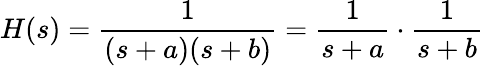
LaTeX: H(s)={\frac{1}{(s+a)(s+b)}}={\frac{1}{s+a}}\cdot{\frac{1}{s+b}}